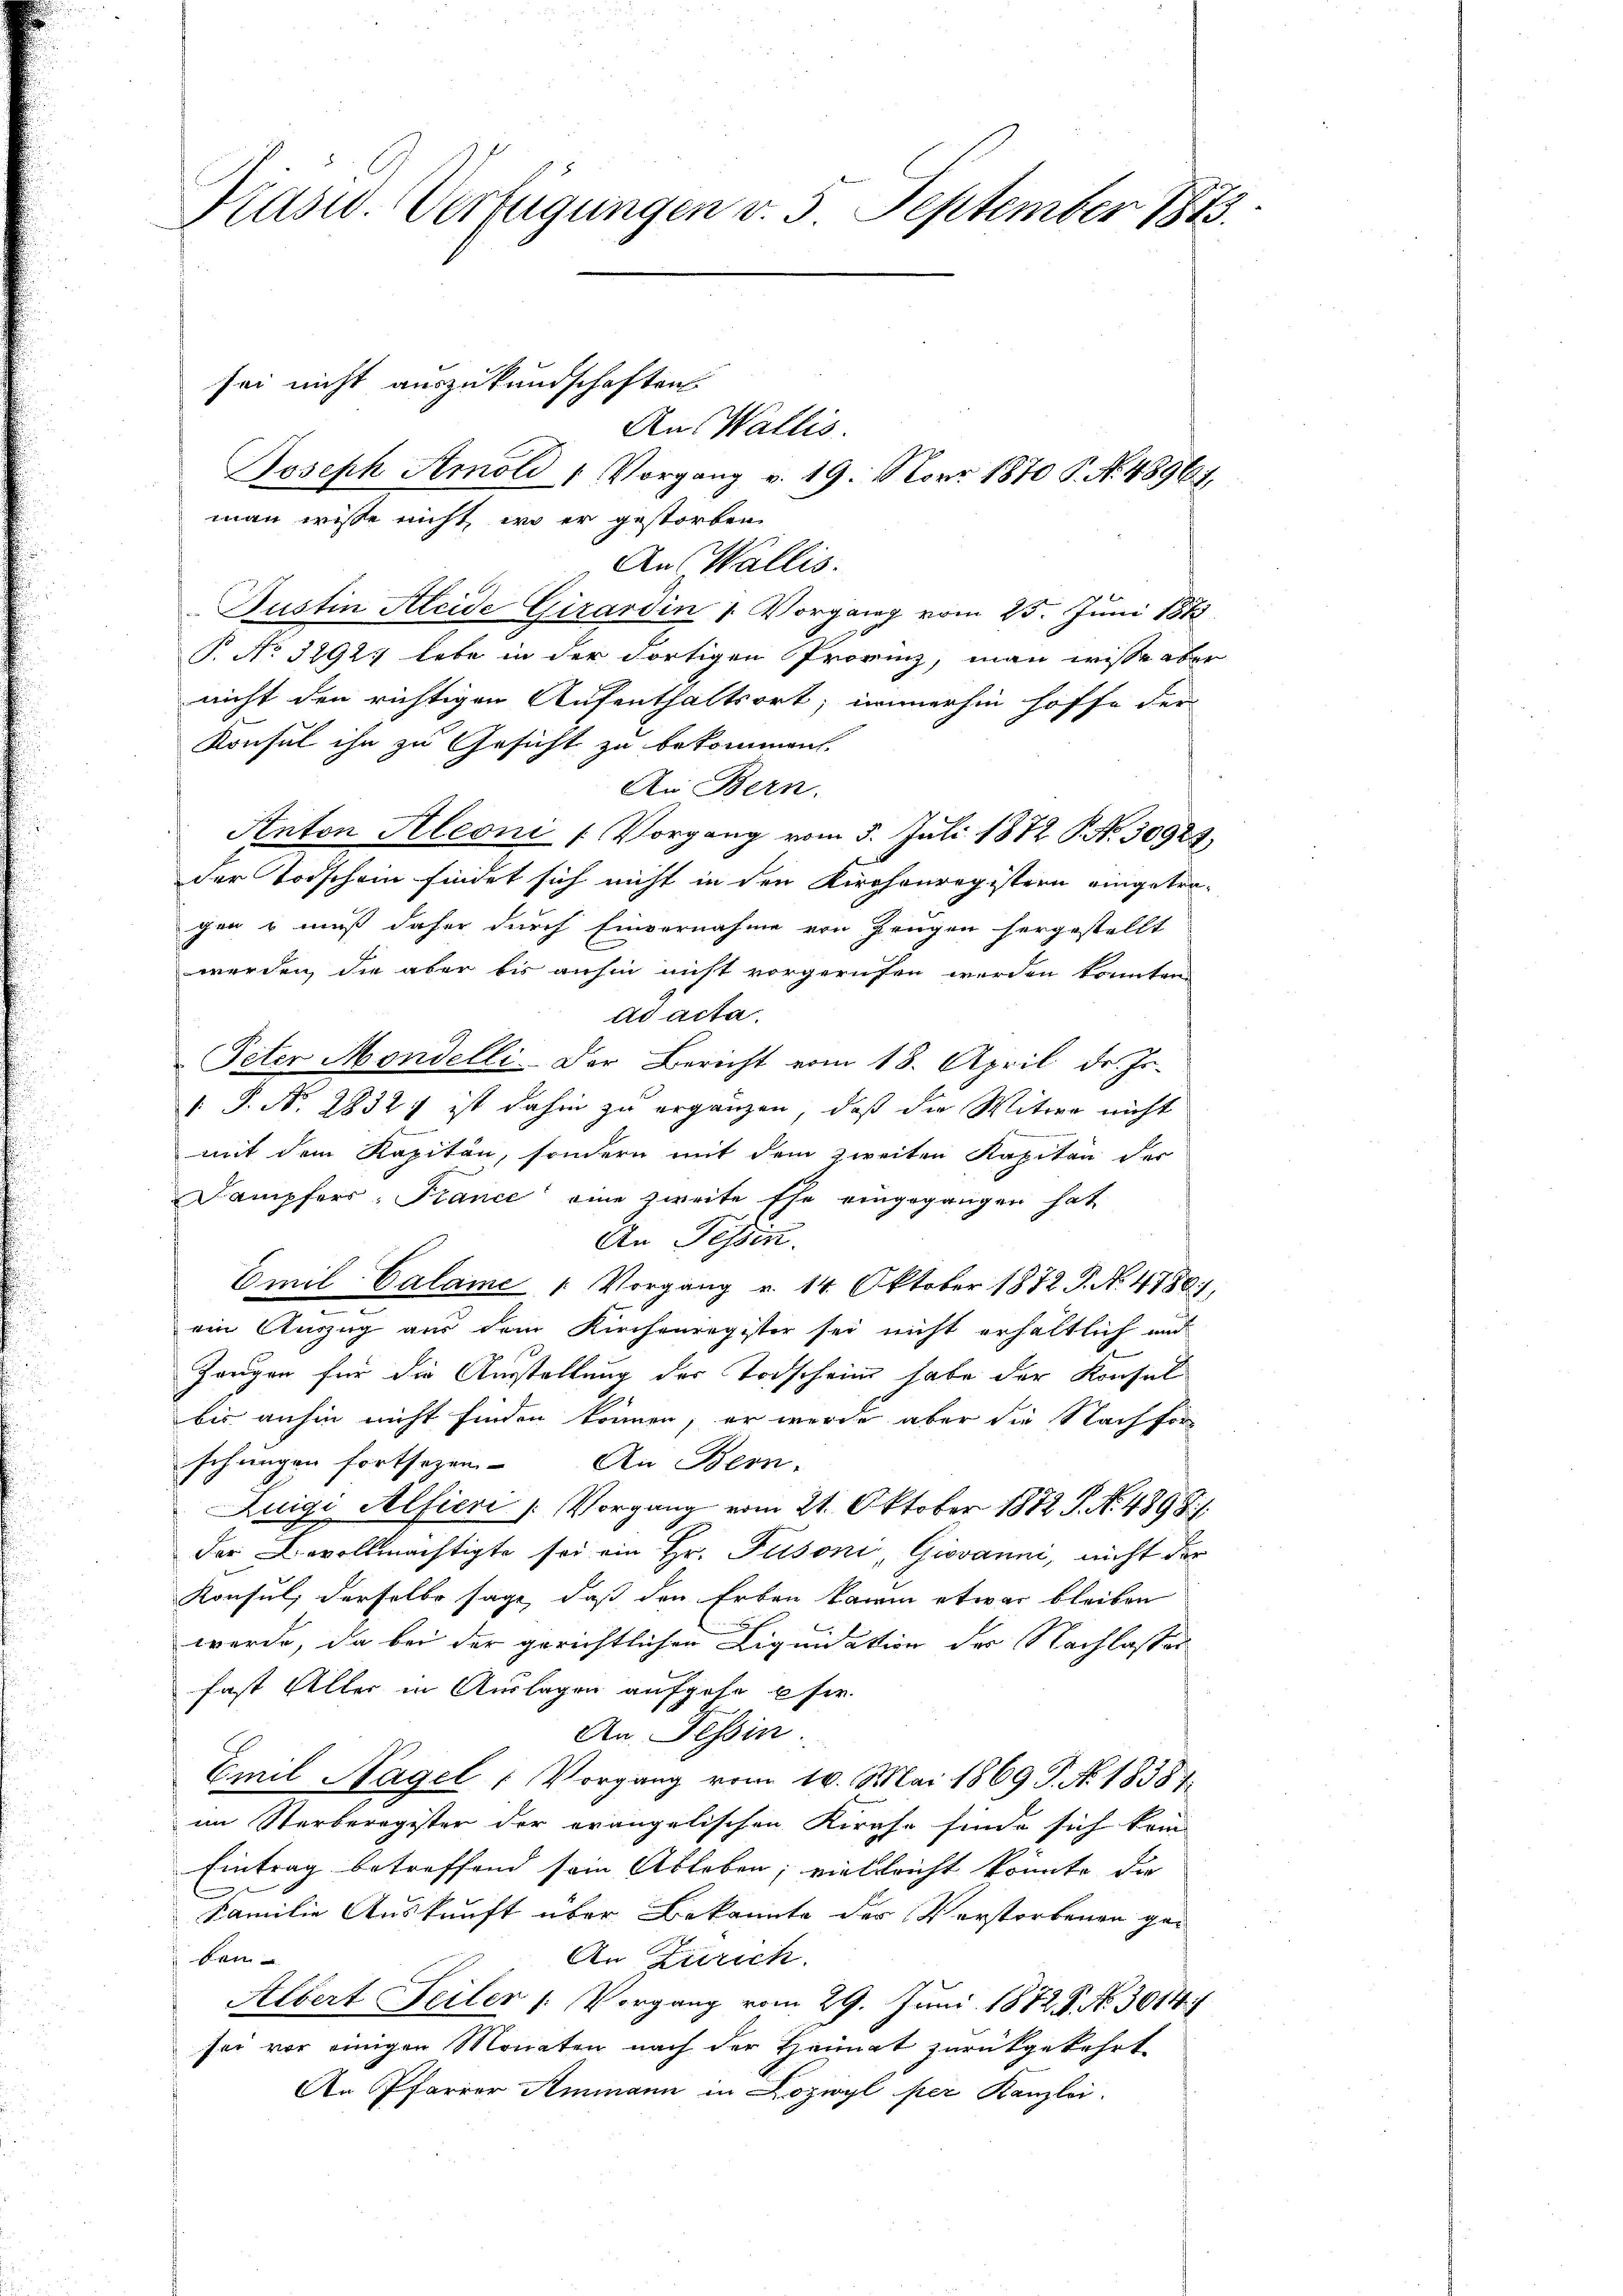
Prasw. Verfügungen v. 3. September 1873.

Aus Wallis.
Joseph Amold 1 Vorgang v. 19. Nov 1870 P. No. 48961.
man wisse nicht wo er gestorben
An Wallis.
Justin Aleide Girardin 1 Vorgang vom 25. Juni 1848
T. No 3892 lebe in der dortigen Provinz, man wisse aber
nicht den richtigen Aufenthaltsort, immerhin hoffe der
Konsul ihn zu Gesicht zu bekommen.
An Bern.
Anton Aleoni / Vorgang vom 5. Juli 1872 P. No. 30923.
der Todschein findet sich nicht in den Kirchenregistern eingetragen & muß daher durch Einvernahme von Zeugen hergestellt
werden, die aber bis anhin nicht vorgerufen werden konnten.
ad acta
Peter Mondelli. Der Bericht vom 18. April d. Js.
V. P. No. 2832) ist dahin zu ergänzen, daß die Witwe nicht
mit dem Kapiten, sondern mit dem zweiten Kapitän der
Dampfers: France eine zweite Ehe eingegangen hat
An Fessen.
Emil Calame Vorgang v. 14 Oktober 1872 P. N. 4786),
ein Auszug aus dem Kirchenregister sei nicht erhältlich und
Gangen für die Ausstellung der Todschein habe der Konsal
bis anhin nicht finden können, er wurde aber die Nachfor
schungen fortsezen. An Bern,
Zuigi Alfieri / Vorgang vom 21. Oktober 1872 P. N. 489 8.1
der Bevollmächtigte sei ein Hr. Pusoni, Giovanni, nicht der
Konsul, derselbe sage, daß den Erben kaum etwas bleiben
werde, da bei der gerichtlichen Liquidation der Nachlasser
fast Aller in Auslagen aufgehe pfer
An Tessin.
Emil Nagel (Vorgang vom 16. Mai 1869 P. Nr. 18387
im Sterberegister der orangelischen Kirche finde sich kein
Eintrag betreffend sein Ableben; vielleicht könnte, die
.
Familie Auskunft über Bekannte der Verstorbenen geban
An Zürich.
Albert Feiler (: Vorgang vom 29. Juni 1872 P. No. 3614
sei vor einigen Monaten nach der Heimat zurückgekehrt
An Pfarrer Ammann in Dozwyl per Kanzlei.

sei nicht auszukundschaften.